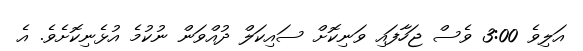
އަލިވެ 3:00 ވެސް ޖަހާފައި ވަނިކޮށް ސައިކަލް ދުއްވަން ނުކުމެ އުޅެނިކޮށެވެ. އެ